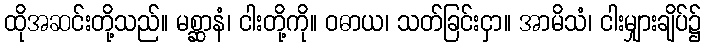
ထိုအဆင်းတို့သည်။ မစ္ဆာနံ၊ ငါးတို့ကို။ ဝဓာယ၊ သတ်ခြင်းငှာ။ အာမိသံ၊ ငါးမျှားချိပ်၌